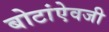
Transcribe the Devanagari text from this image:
बोटांऐवजी